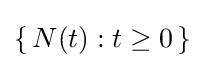
\{\,N(t):t\geq 0\,\}